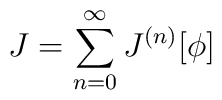
J=\sum_{n=0}^{\infty} J^{(n)}[\phi]